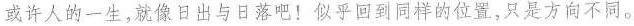
或许人的一生，就像日出与日落吧!似乎回到同样的位置，只是方向不同。